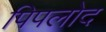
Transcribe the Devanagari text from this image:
पिपलोद